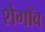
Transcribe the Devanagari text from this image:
शेगाँव